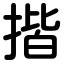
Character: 揩